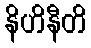
နိဟိနီတိ